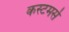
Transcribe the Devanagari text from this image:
कस्टमर्स